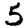
Digit: 5